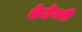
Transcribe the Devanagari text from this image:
केटेगरी